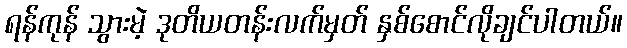
ရန်ကုန် သွားမဲ့ ဒုတိယတန်းလက်မှတ် နှစ်စောင်လိုချင်ပါတယ်။